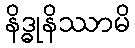
နိဒ္ဓုနိဿာမိ